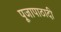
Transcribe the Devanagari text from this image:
पूजापाठादी